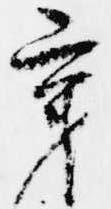
秉